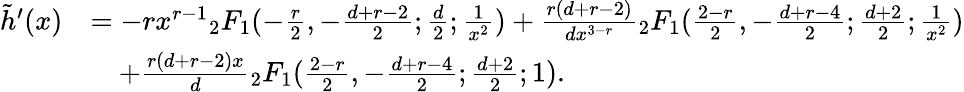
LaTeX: \begin{array}{rl}{\tilde{h}^{\prime}(x)}&{=-rx^{r-1}{_2F_{1}}(-\frac{r}{2},-\frac{d+r-2}{2};\frac{d}{2};\frac{1}{x^{2}})+\frac{r(d+r-2)}{dx^{3-r}}{_2F_{1}}(\frac{2-r}{2},-\frac{d+r-4}{2};\frac{d+2}{2};\frac{1}{x^{2}})}\\ &{\quad+\frac{r(d+r-2)x}{d}{_2F_{1}}(\frac{2-r}{2},-\frac{d+r-4}{2};\frac{d+2}{2};1).}\end{array}